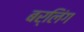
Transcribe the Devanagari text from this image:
बर्लिंग